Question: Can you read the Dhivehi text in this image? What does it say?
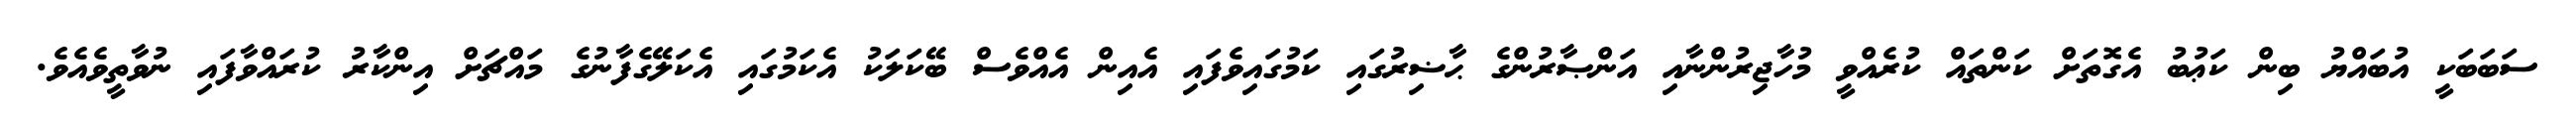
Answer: ސަބަބަކީ އުބައްޔު ބިން ކަޢުބު އެގޮތަށް ކަންތައް ކުރެއްވީ މުހާޖިރުންނާއި އަންޞާރުންގެ ޙާޟިރުގައި ކަމުގައިވެފައި އެއިން އެއްވެސް ބޭކަލަކު އެކަމުގައި އެކަލޭގެފާނުގެ މައްޗަށް އިންކާރު ކުރައްވާފައި ނުވާތީވެއެވެ.